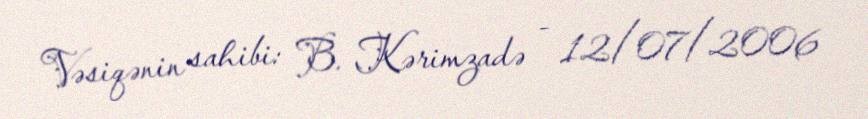
Vəsiqənin sahibi: B. Kərimzadə - 12/07/2006